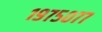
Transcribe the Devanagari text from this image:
१९७५०७७